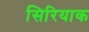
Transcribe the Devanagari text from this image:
सिरियाक